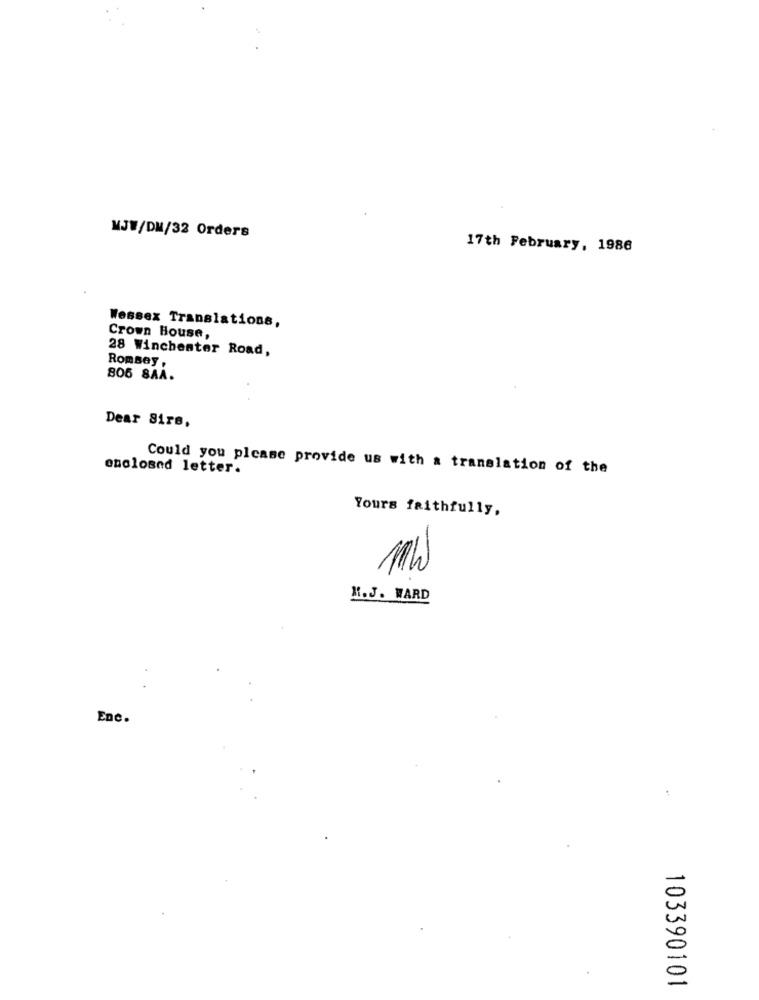
WJW/DM/32 Orders
17th February, 1986
Wessex Translations,
Crown House,
28 Winchester Road,
Romsey,
805 SAA.
Dear Sirs,
enclosed letter.
Could you please provide us with a translation of the
Yours faithfully,
MW
M. J. WARD
Enc.
103390101